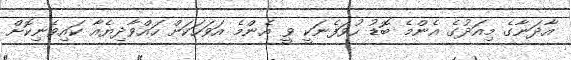
އާދަނާގެ މިއަދުގެ އެންމެ ބޮޑު ހުވަފެނަކީ ވީ އެންމެ އަވަހަކަށް ހައްވާދިޔެއާ ކައިވެނިކޮށް